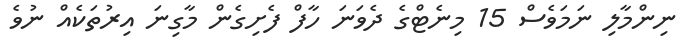
ނިންމާލި ނަމަވެސް 15 މިނެޓްގެ ދެވަނަ ހާފް ފެށިގެން މާގިނަ އިރުތަކެއް ނުވެ